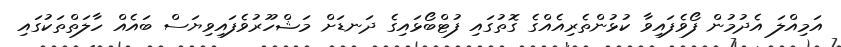
އަމިއްލަ އެދުމުން ފޯވެފައިވާ ކުޅުންތެރިއެއްގެ ގޮތުގައި ފުޓްބޯޅައިގެ ދަނޑަށް މަޝްހޫރުވެފައިވިޔަސް ބައެއް ހާލަތްތަކުގައި